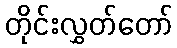
တိုင်းလွှတ်တော်